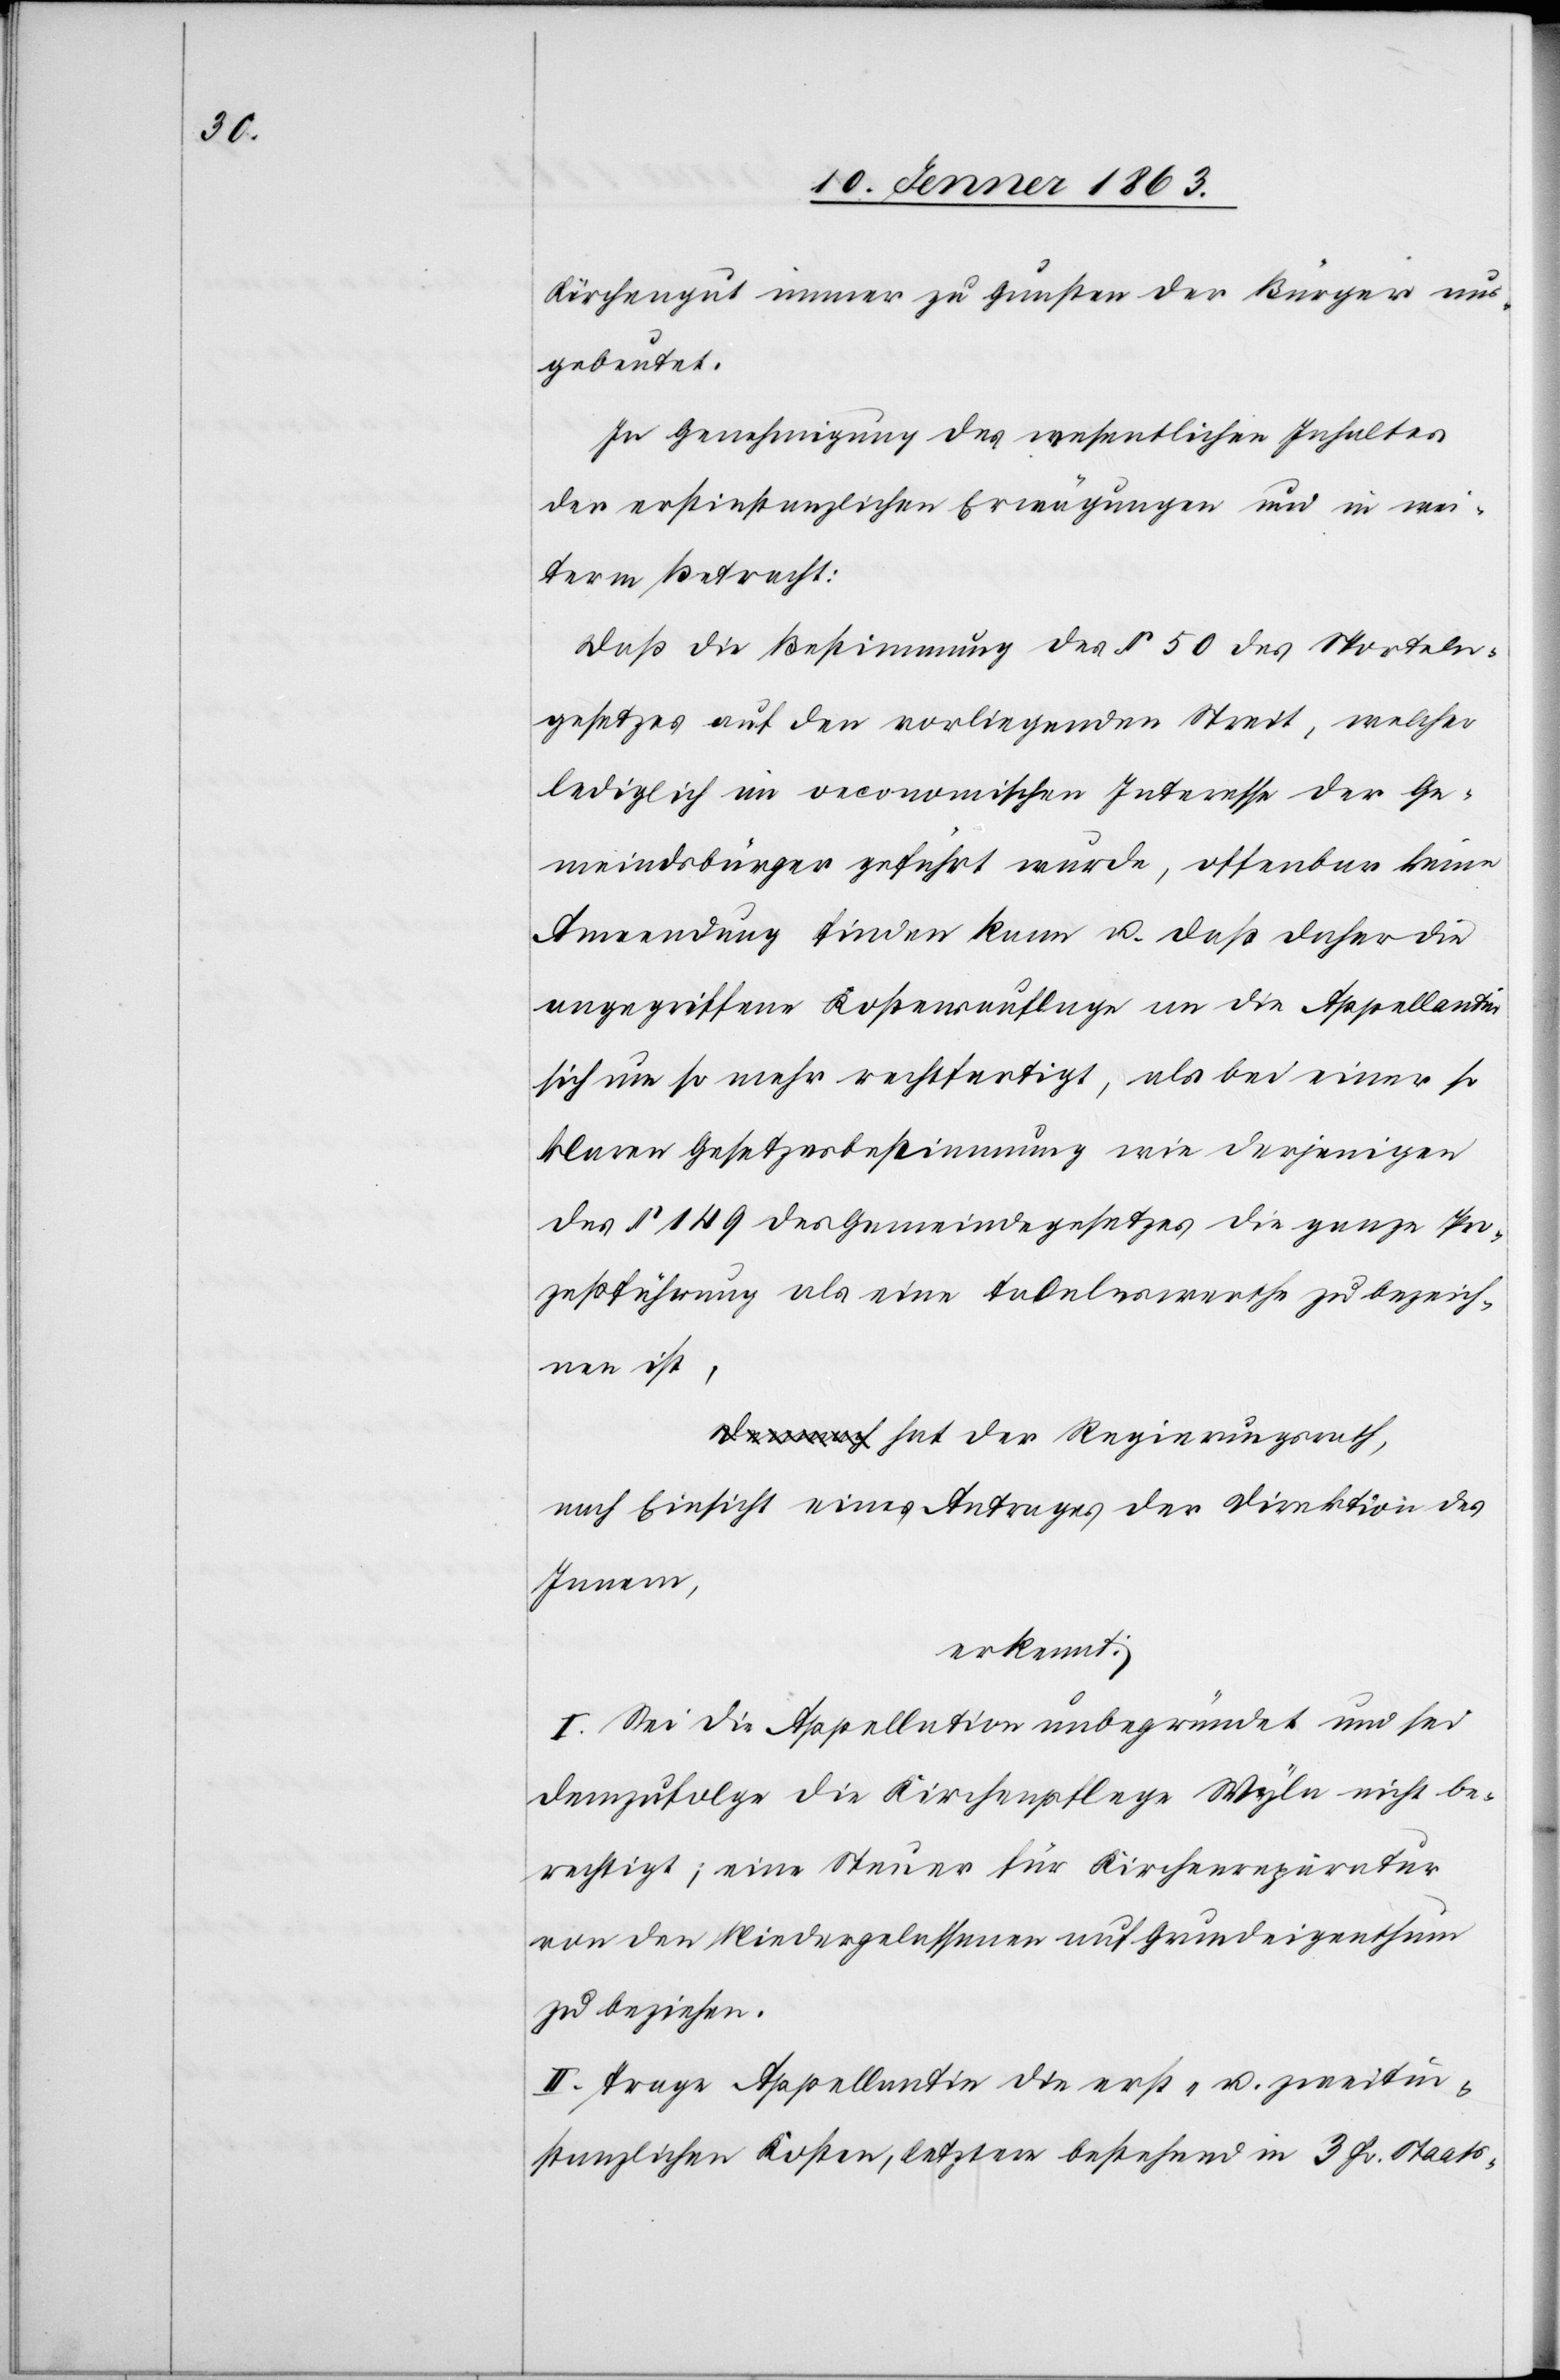
Kirchengut immer zu Gunsten der Bürger aus¬
gebeutet.
In Genehmigung des wesentlichen Inhaltes
der erstinstanzlichen Erwägungen und in wei¬
term Betracht:
Daß die Bestimmung des § 50 des Sporteln¬
gesetzes auf den vorliegenden Streit, welcher
lediglich im oeconomischen Interesse der Ge¬
meindsbürger geführt wurde, offenbar keine
Anwendung finden kann u. daß daher die
angegriffene Kostensauflage an die Appellantin
sich um so mehr rechtfertigt, als bei einer so
klaren Gesetzesbestimmung wie derjenigen
des § 149 des Gemeindegesetzes die ganze Pro¬
zeßführung als eine tadelnswerthe zu bezeich¬
nen ist,
hat der Regierungsrath,
nach Einsicht eines Antrages der Direktion des
Innern,
erkennt:
I. Sei die Appellation unbegründet und sei
demzufolge die Kirchenpflege Wyla nicht be¬
rechtigt; eine Steuer für Kirchenreparatur
von den Niedergelassenen auf Grundeigenthum
zu beziehen.
II. Trage Appellantin die erst- u. zweitin¬
stanzlichen Kosten, letztere bestehend in 3 Fr. Staats-